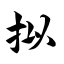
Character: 拟